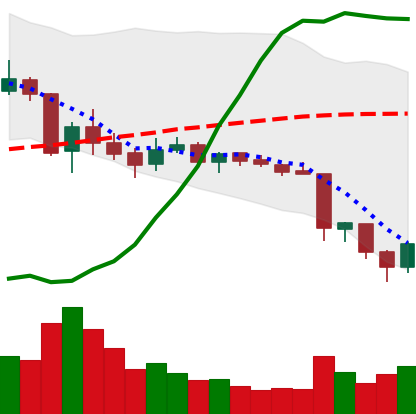
Ticker: TRX-USD
Chart end date: 2018-06-14
Forward return: 8.997%
Label: up_7plus